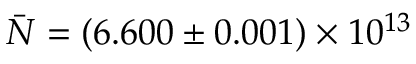
\bar { N } = ( 6 . 6 0 0 \pm 0 . 0 0 1 ) \times 1 0 ^ { 1 3 }